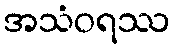
အသံဝရဿ